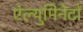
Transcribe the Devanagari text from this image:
ऐल्युमिनेटों